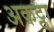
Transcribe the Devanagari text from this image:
अकट्ठा